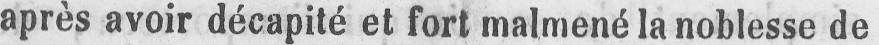
après avoir décapité et fort malmené la noblesse de